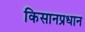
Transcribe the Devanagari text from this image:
किसानप्रधान